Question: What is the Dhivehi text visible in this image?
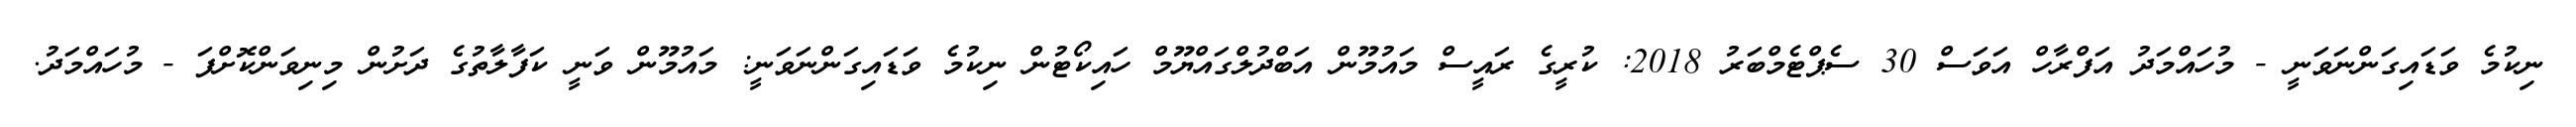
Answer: ނިކުމެ ވަޑައިގަންނަވަނީ - މުހައްމަދު އަފްރާހް އަވަސް 30 ސެޕްޓެމްބަރު 2018: ކުރީގެ ރައީސް މައުމޫން އަބްދުލްގައްޔޫމް ހައިކޯޓުން ނިކުމެ ވަޑައިގަންނަވަނީ: މައުމޫން ވަނީ ކަފާލާތުގެ ދަށުން މިނިވަންކޮށްފަ - މުހައްމަދު.